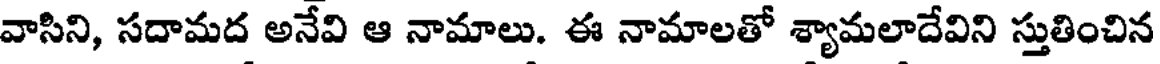
వాసిని, సదామద అనేవి ఆ నామాలు. ఈ నామాలతో శ్యామలాదేవిని స్తుతించిన